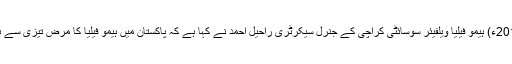
16 اپریل2018ء) ہیمو فیلیا ویلفیئر سوسائٹی کراچی کے جنرل سیکرٹری راحیل احمد نے کہا ہے کہ پاکستان میں ہیمو فیلیا کا مرض تیزی سے بڑھ رہا ہے ۔